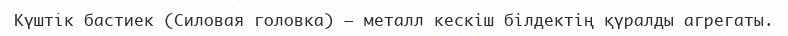
Күштiк бастиек (Силовая головка) — металл кескіш білдектің қүралды агрегаты.